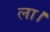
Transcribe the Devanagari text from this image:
ला।